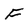
Character: F